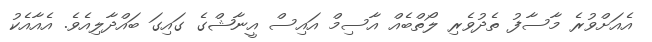
އެއަށްވުރެ މާސާފު ތެދުވެރި ލޯތްބެއް އާސިމް އައިސް އީނާޝްގެ ގައިގަ ބައްދާލިއެވެ. އެއާއެކު